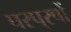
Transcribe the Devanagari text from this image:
परपुरषों